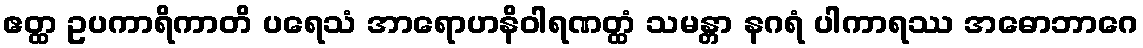
ဧတ္ထ ဥပကာရိကာတိ ပရေသံ အာရောဟနိဝါရဏတ္ထံ သမန္တာ နဂရံ ပါကာရဿ အဓောဘာဂေ